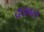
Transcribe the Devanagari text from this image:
द्रधबल